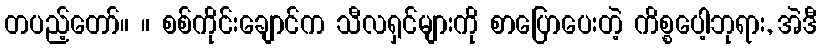
တပည့်တော်။ ။ စစ်ကိုင်းချောင်က သီလရှင်များကို စာပြောပေးတဲ့ ကိစ္စပေါ့ဘုရား, အဲဒီ